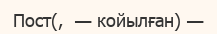
Пост(,  — койылған) —